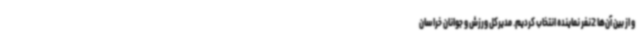
و از بین آن‌ها 2نفر نماینده انتخاب کردیم‌. مدیرکل ورزش و جوانان خراسان